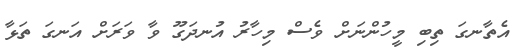
އެތާނގަ ތިބި މީހުންނަށް ވެސް މިހާރު އުނދަގޫ ވާ ވަރަށް އަނގަ ތަޅާ